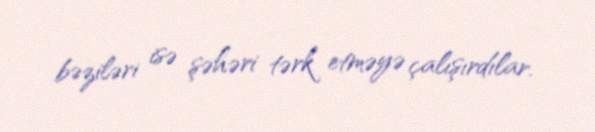
bəziləri isə şəhəri tərk etməyə çalışırdılar.